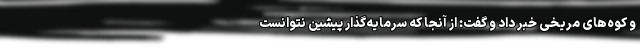
و کوه‌های مریخی خبر داد و گفت: از آنجا که سرمایه‌گذار پیشین نتوانست